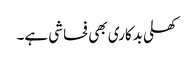
کھلی بدکاری بھی فحاشی ہے۔